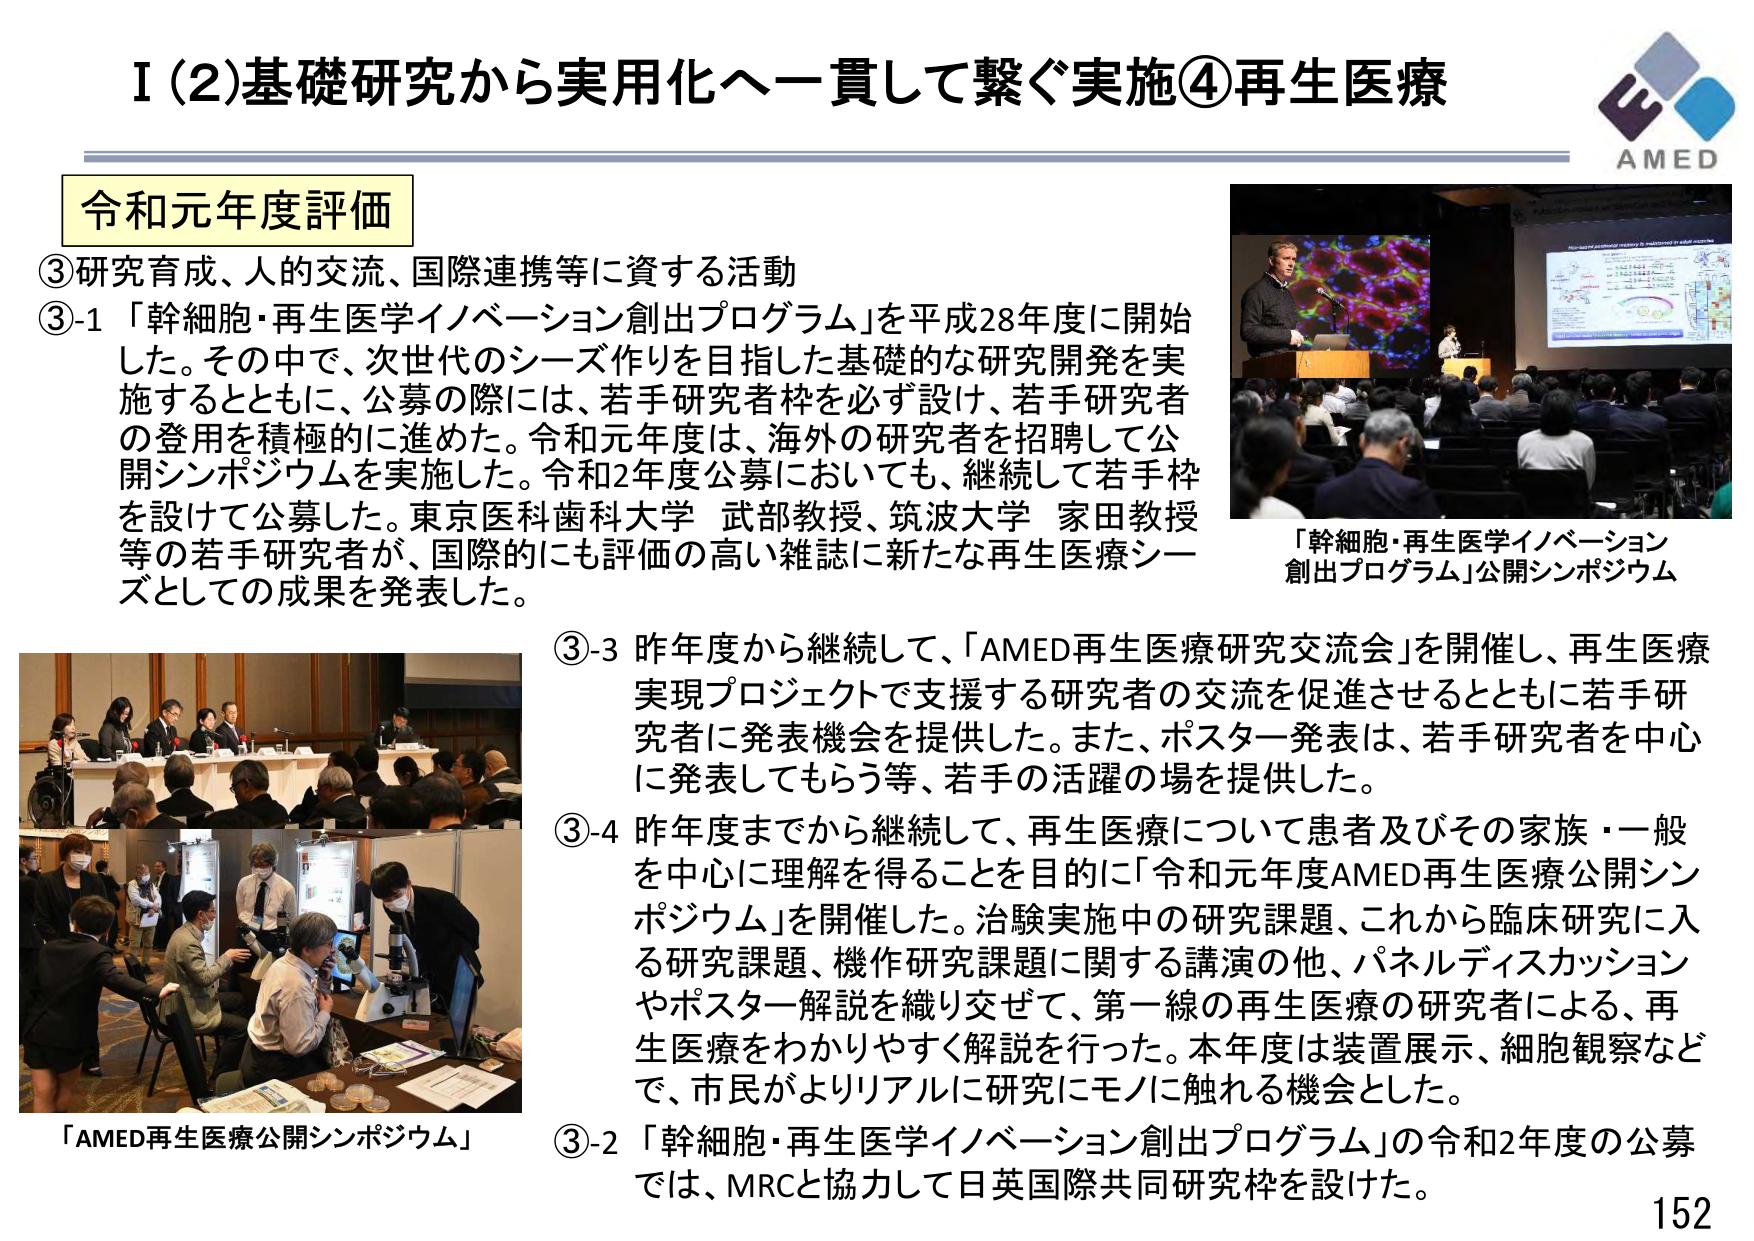
I（2）基礎研究から実用化へ一貫して繋ぐ実施④再生医療

令和元年度評価

③研究育成、人的交流、国際連携等に資する活動

③-1 「幹細胞・再生医学イノベーション創出プログラム」を平成28年度に開始した。その中で、次世代のシーズ作りを目指した基礎的な研究開発を実施するとともに、公募の際には、若手研究者枠を必ず設け、若手研究者の登用を積極的に進めた。令和元年度は、海外の研究者を招聘して公開シンポジウムを実施した。令和2年度公募においても、継続して若手枠を設けて公募した。東京医科歯科大学 武部教授、筑波大学 家田教授等の若手研究者が、国際的にも評価の高い雑誌に新たな再生医療シーズとしての成果を発表した。

③-2 「幹細胞・再生医学イノベーション創出プログラム」の令和2年度の公募では、MRCと協力して日英国際共同研究枠を設けた。

③-3 昨年度から継続して、「AMED再生医療研究交流会」を開催し、再生医療実現プロジェクトで支援する研究者の交流を促進させるとともに若手研究者に発表機会を提供した。また、ポスター発表は、若手研究者を中心に発表してもらう等、若手の活躍の場を提供した。

③-4 昨年度までから継続して、再生医療について患者及びその家族・一般を中心に理解を得ることを目的に「令和元年度AMED再生医療公開シンポジウム」を開催した。治験実施中の研究課題、これから臨床研究に入る研究課題、機作研究課題に関する講演の他、パネルディスカッションやポスター解説を織り交ぜて、第一線の再生医療の研究者による、再生医療をわかりやすく解説を行った。本年度は装置展示、細胞観察などで、市民がよりリアルに研究にモノに触れる機会とした。

「幹細胞・再生医学イノベーション創出プログラム」公開シンポジウム

「AMED再生医療公開シンポジウム」

AMED

152